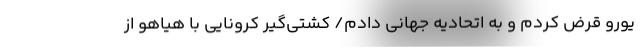
یورو قرض کردم و به اتحادیه جهانی دادم/ کشتی‌گیر کرونایی با هیاهو از